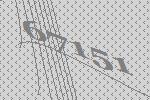
67151